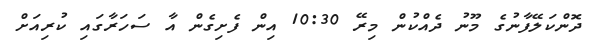
ދޮންކަލޭފާނުގެ މޫނު ދެއްކުން މިރޭ 10:30 އިން ފެށިގެން އާ ސަހަރާގައި ކުރިއަށް